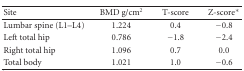
<table><thead><tr><td><b>Site</b></td><td><b>BMD g/cm<sup>2</sup></b></td><td><b>T-score</b></td><td><b>Z-score*</b></td></tr></thead><tbody><tr><td>Lumbar spine (L1–L4)</td><td>1.224</td><td>0.4</td><td>−0.8</td></tr><tr><td>Left total hip</td><td>0.786</td><td>−1.8</td><td>−2.4</td></tr><tr><td>Right total hip</td><td>1.096</td><td>0.7</td><td>0.0</td></tr><tr><td>Total body</td><td>1.021</td><td>1.0</td><td>−0.6</td></tr></tbody></table>